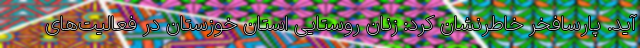
آید. پارسافخر خاطرنشان کرد: زنان روستایی استان خوزستان در فعالیت‌های